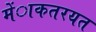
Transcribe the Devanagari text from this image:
मेंाकतरयत